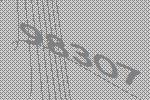
98307